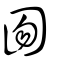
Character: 囫